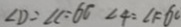
\angle D = \angle C = 6 0 \angle 4 = \angle 1 = 6 0